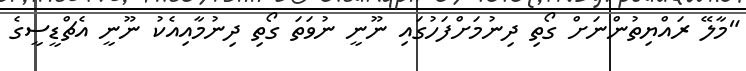
"މާލޭ ރައްޔިތުންނަށް ގޯތި ދިނުމަށްފަހުގައި ނޫނީ ނުވަތަ ގޯތި ދިނުމާއިއެކު ނޫނީ އެޗްޑީސީގެ